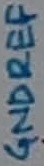
Text: GNDREF